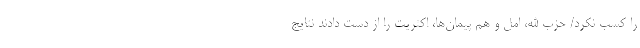
را کسب نکرد/ حزب الله، امل و هم پیمان‌ها، اکثریت را از دست دادند نتایج